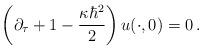
LaTeX: \begin{align*}\left(\partial_{\tau}+1-\frac{\kappa\hbar^2}{2}\right)u(\cdot,0) = 0\,.\end{align*}